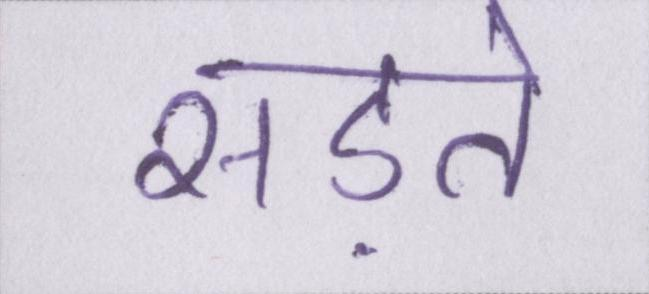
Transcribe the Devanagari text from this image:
सड़ते